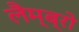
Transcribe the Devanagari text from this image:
लैम्ब्रो